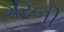
ગરબી